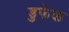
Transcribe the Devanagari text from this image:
डुफेक